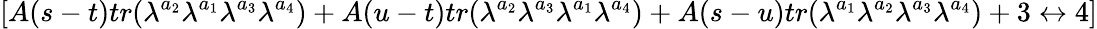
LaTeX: [A(s-t)tr(\lambda^{a_{2}}\lambda^{a_{1}}\lambda^{a_{3}}\lambda^{a_{4}})+A(u-t)tr(\lambda^{a_{2}}\lambda^{a_{3}}\lambda^{a_{1}}\lambda^{a_{4}})+A(s-u)tr(\lambda^{a_{1}}\lambda^{a_{2}}\lambda^{a_{3}}\lambda^{a_{4}})+3\leftrightarrow 4]